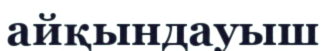
айқындауыш